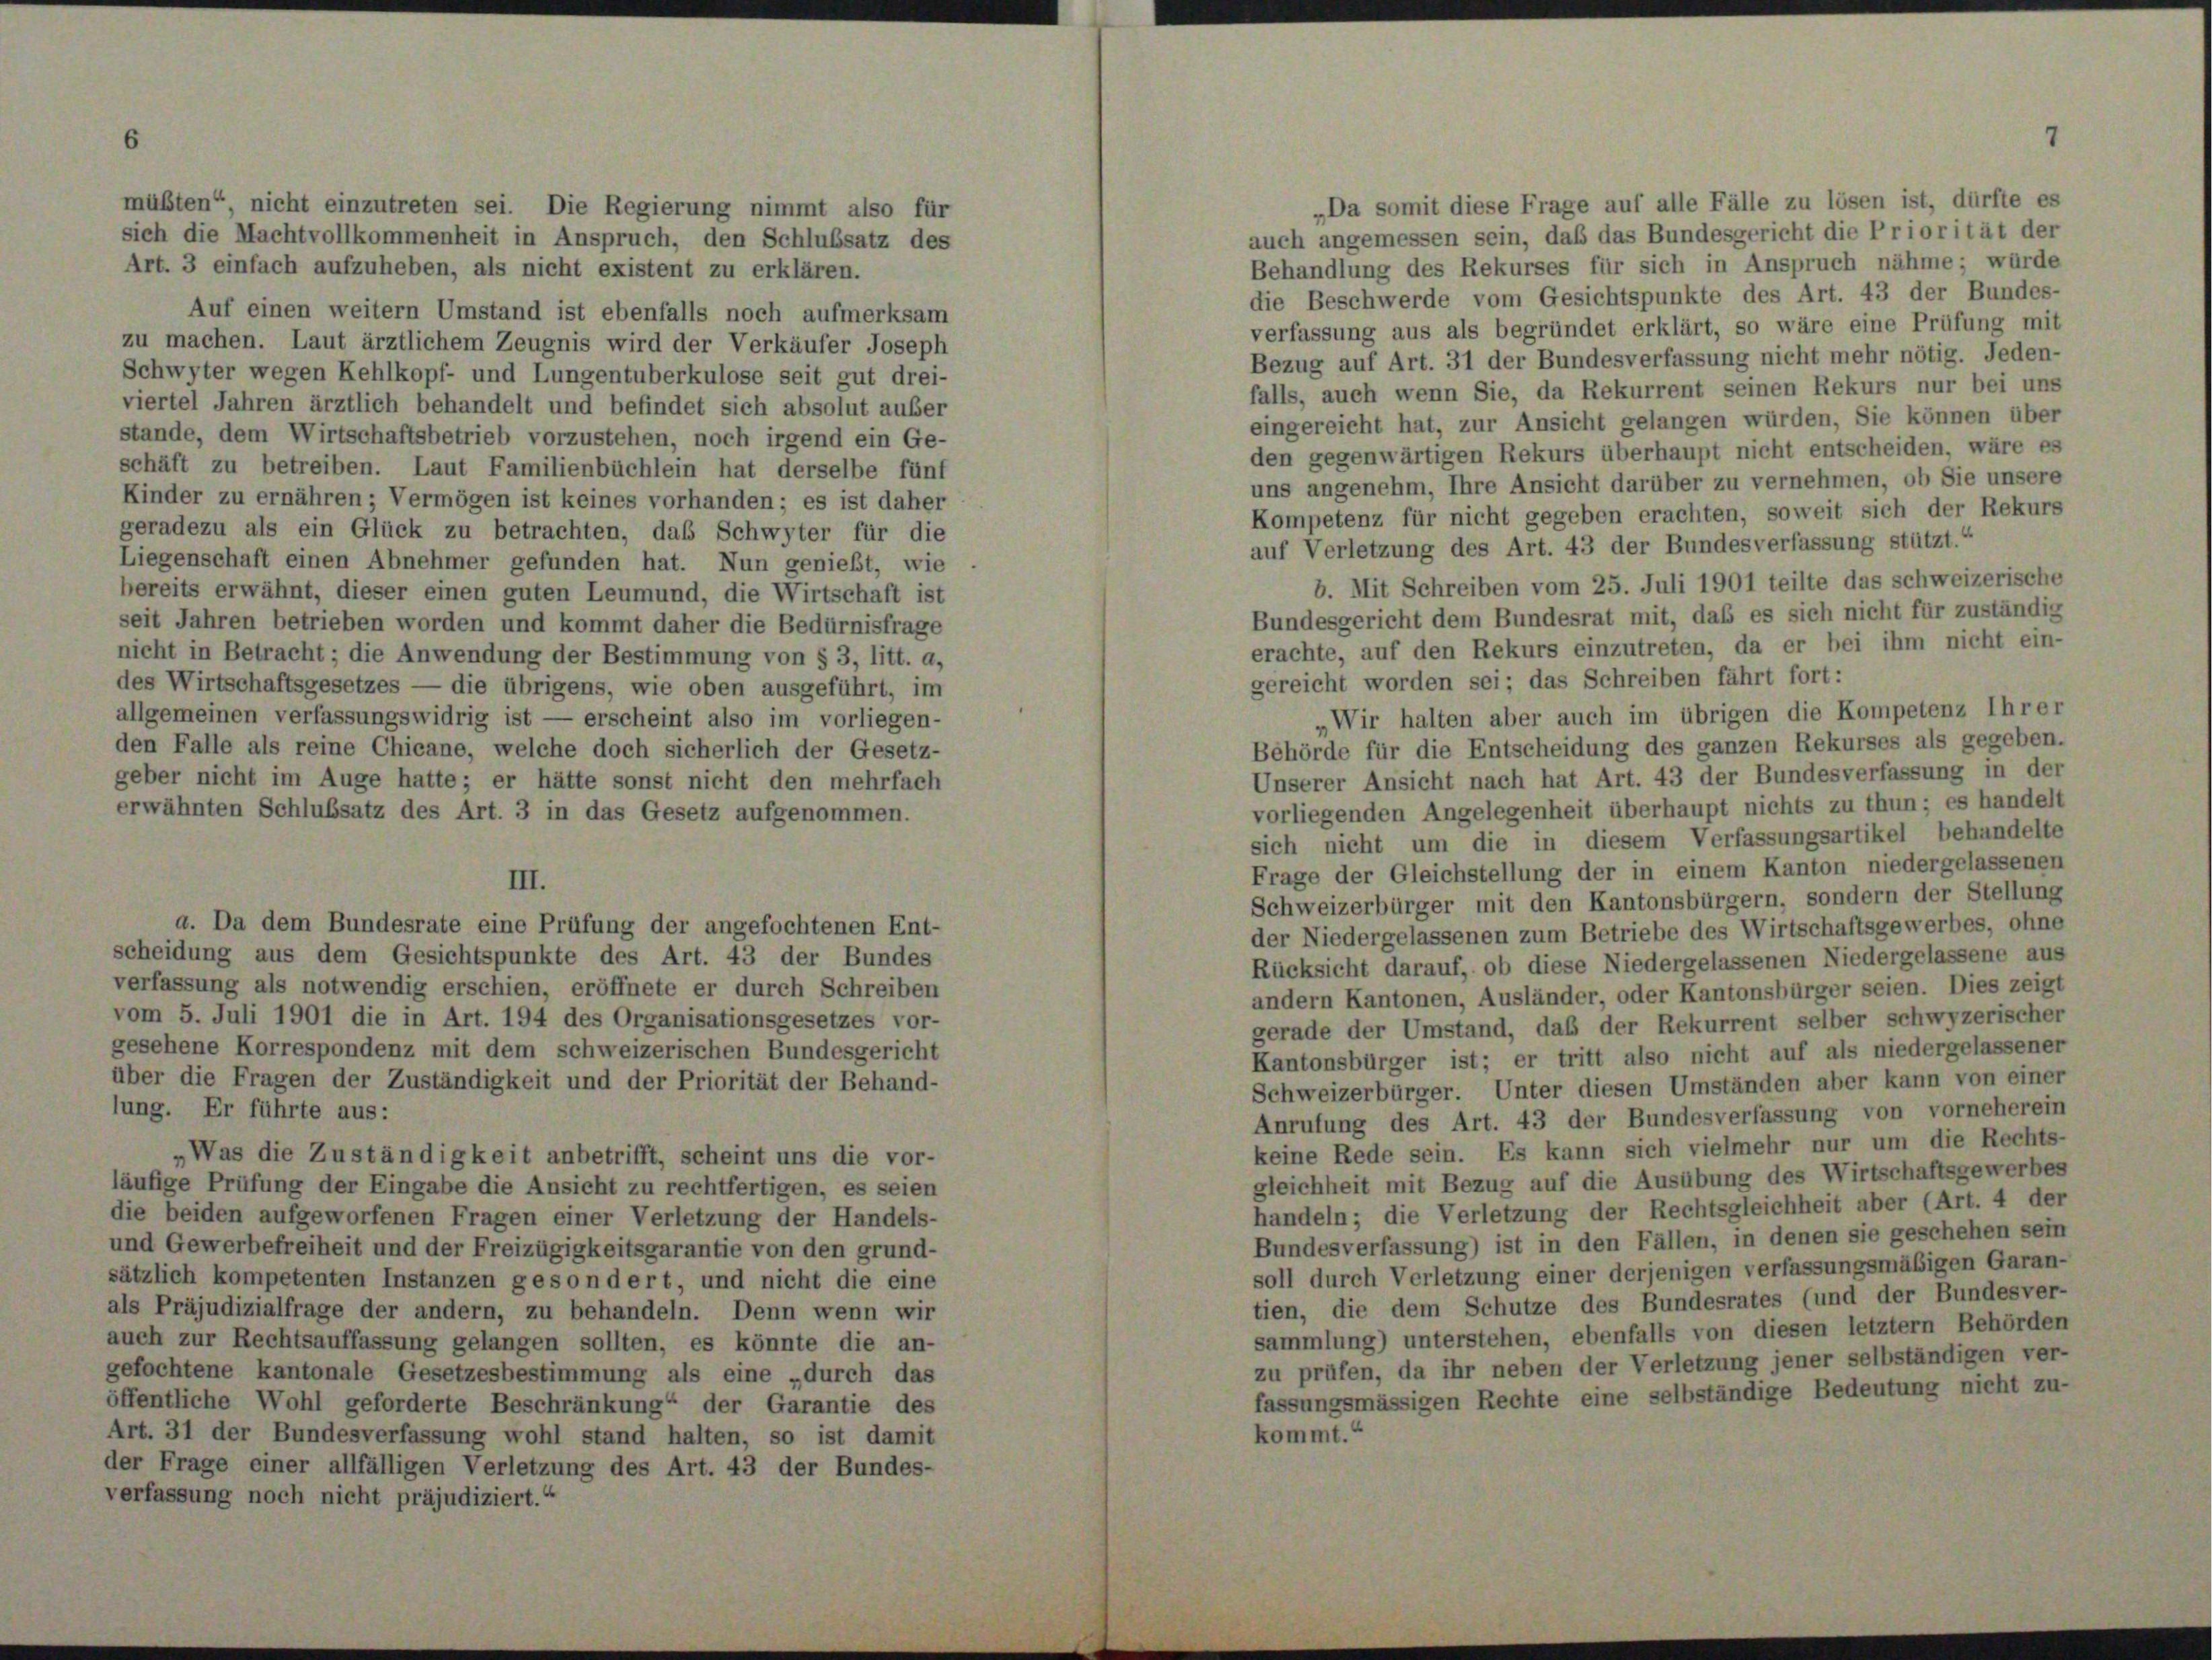
müßten“ nicht einzutreten sei. Die Regierung nimmt also für
sich die Machtvollkommenheit in Anspruch, den Schlußsatz des
Art. 3 einfach aufzuheben, als nicht existent zu erklären.
Auf einen weitern Umstand ist ebenfalls noch aufmerksam
zu machen. Laut ärztlichem Zeugnis wird der Verkäufer Joseph
Schwyter wegen Kehlkopf- und Lungentuberkulose seit gut drei-
viertel Jahren ärztlich behandelt und befindet sich absolut außer
stände, dem Wirtschaftsbetrieb vorzustehen, noch irgend ein Ge-
schäft zu betreiben. Laut Familienbüchlein hat derselbe fünf
Kinder zu ernähren; Vermögen ist keines vorhanden; es ist daher
geradezu als ein Glück zu betrachten, das Schwyter für die
Liegenschaft einen Abnehmer gefunden hat. Nun genießt, wie
bereits erwähnt, dieser einen guten Leumund, die Wirtschaft ist
seit Jahren betrieben worden und kommt daher die Bedürnisfrage
nicht in Betracht; die Anwendung der Bestimmung von § 3, litt. a,
des Wirtschaftsgesetzes — die übrigens, wie oben ausgeführt, im
allgemeinen verfassungswidrig ist — erscheint also im vorliegen-
den Falle als reine Chicane, welche doch sicherlich der Gesetz-
geber nicht im Auge hatte; er hätte sonst nicht den mehrfach
erwähnten Schlußsatz des Art. 3 in das Gesetz aufgenommen.

a. Da dem Bundesrate eine Prüfung der angefochtenen Ent-

scheidung aus dem Gesichtspunkte des Art. 43 der Bundes
verfassung als notwendig erschien, eröffnete er durch Schreiben
vom 5. Juli 1901 die in Art. 194 des Organisationsgesetzes vor-
gesehene Korrespondenz mit dem schweizerischen Bundesgericht
über die Fragen der Zuständigkeit und der Priorität der Behand-
lung. Er führte aus:
„Was die Zuständigkeit anbetrifft, scheint uns die vor-
läufige Prüfung der Eingabe die Ansicht zu rechtfertigen, es seien
die beiden aufgeworfenen Fragen einer Verletzung der Handels-
und Gewerbefreiheit und der Freizügigkeitsgarantie von den grund-
sätzlich kompetenten Instanzen gesondert, und nicht die eine
als Präjudizialfrage der andern, zu behandeln. Denn wenn wir
auch zur Rechtsauffassung gelangen sollten, es könnte die an-
gefochtene kantonale Gesetzesbestimmung als eine „durch das
öffentliche Wohl geforderte Beschränkung“ der Garantie des
Art. 31 der Bundesverfassung wohl stand halten, so ist damit
der Frage einer allfälligen Verletzung des Art. 43 der Bundes-
verfassung noch nicht präjudiziert.“

„Da somit diese Frage auf alle Fälle zu lösen ist, dürfte es
auch angemessen sein, daß das Bundesgericht die Priorität der
Behandlung des Rekurses für sich in Anspruch nähme; wurde
die Beschwerde vom Gesichtspunkte des Art. 43 der Bundes-
verfassung aus als begründet erklärt, so wäre eine Prüfung mit
Bezug auf Art. 31 der Bundesverfassung nicht mehr nötig. Jeden-
falls, auch wenn Sie, da Rekurrent seinen Rekurs nur bei uns
eingereicht hat, zur Ansicht gelangen würden, Sie können über
den gegenwärtigen Rekurs überhaupt nicht entscheiden, wäre es
uns angenehm, Ihre Ansicht darüber zu vernehmen, ob Sie unsere
Kompetenz für nicht gegeben erachten, soweit sich der Rekurs
auf Verletzung des Art. 43 der Bundesverfassung stützt.“
b. Mit Schreiben vom 25. Juli 1901 teilte das schweizerische
Bundesgericht dem Bundesrat mit, daß es sich nicht für zuständig
erachte, auf den Rekurs einzutreten, da er bei ihm nicht ein-
gereicht worden sei; das Schreiben fährt fort:
Wir halten aber auch im übrigen die Kompetenz Ihrer
Behörde für die Entscheidung des ganzen Rekurses als gegeben.
Unserer Ansicht nach hat Art. 43 der Bundesverfassung in der
vorliegenden Angelegenheit überhaupt nichts zu thun; es handelt
sich nicht um die in diesem Verfassungsartikel behandelte
Frage der Gleichstellung der in einem Kanton niedergelassenen
Schweizerbürger mit den Kantonsbürgern, sondern der Stellung
der Niedergelassenen zum Betriebe des Wirtschaftsgewerbes, ohne
Rücksicht darauf, ob diese Niedergelassenen Niedergelassene aus
andern Kantonen, Ausländer, oder Kantonsbürger seien. Dies zeigt
gerade der Umstand, daß der Rekurrent selber schwyzerischer
Kantonsbürger ist; er tritt also nicht auf als niedergelassener
Schweizerbürger. Unter diesen Umständen aber kann von einer
Anrufung des Art. 43 der Bundesverfassung von vorneherein
keine Rede sein. Es kann sich vielmehr nur um die Rechts-
gleichheit mit Bezug auf die Ausübung des Wirtschaftsgewerbes
handeln; die Verletzung der Rechtsgleichheit aber (Art. 4 der
Bundesverfassung) ist in den Fällen, in denen sie geschehen sein
soll durch Verletzung einer derjenigen verfassungsmäßigen Garan-
ien, die dem Schutze des Bundesrates (und der Bundesver-
sammlung) unterstehen, ebenfalls von diesen letztem Behörden
zu prüfen, da ihr neben der Verletzung jener selbständigen ver-
fassungsmässigen Rechte eine selbständige Bedeutung nicht zu-
kommt.“